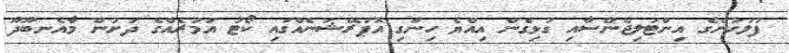
ފުލުހުންގެ އިންޓަލިޖެންސާއި ގުޅިގެން އިއްޔެ ހިންގި އޮޕަރޭޝަނެއްގައި ކޯޓު އަމުރެއްގެ ދަށުން މާއެނބޫދޫ